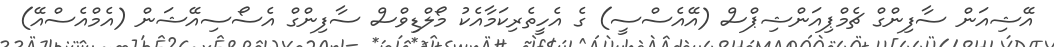
އޭޝިއަން ސާފިންގް ޗެމްޕިއަންޝިޕްސް (އޭއެސްސީ) ގެ އެހީތެރިކަމާއެކު މޯލްޑިވްސް ސާފިންގް އެސޯސިއޭޝަން (އެމްއެސްއޭ)